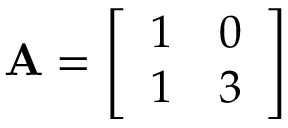
\mathbf { A } = { \left[ \begin{array} { l l } { 1 } & { 0 } \\ { 1 } & { 3 } \end{array} \right] }